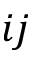
i j